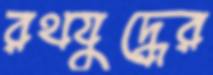
রথযুদ্ধের